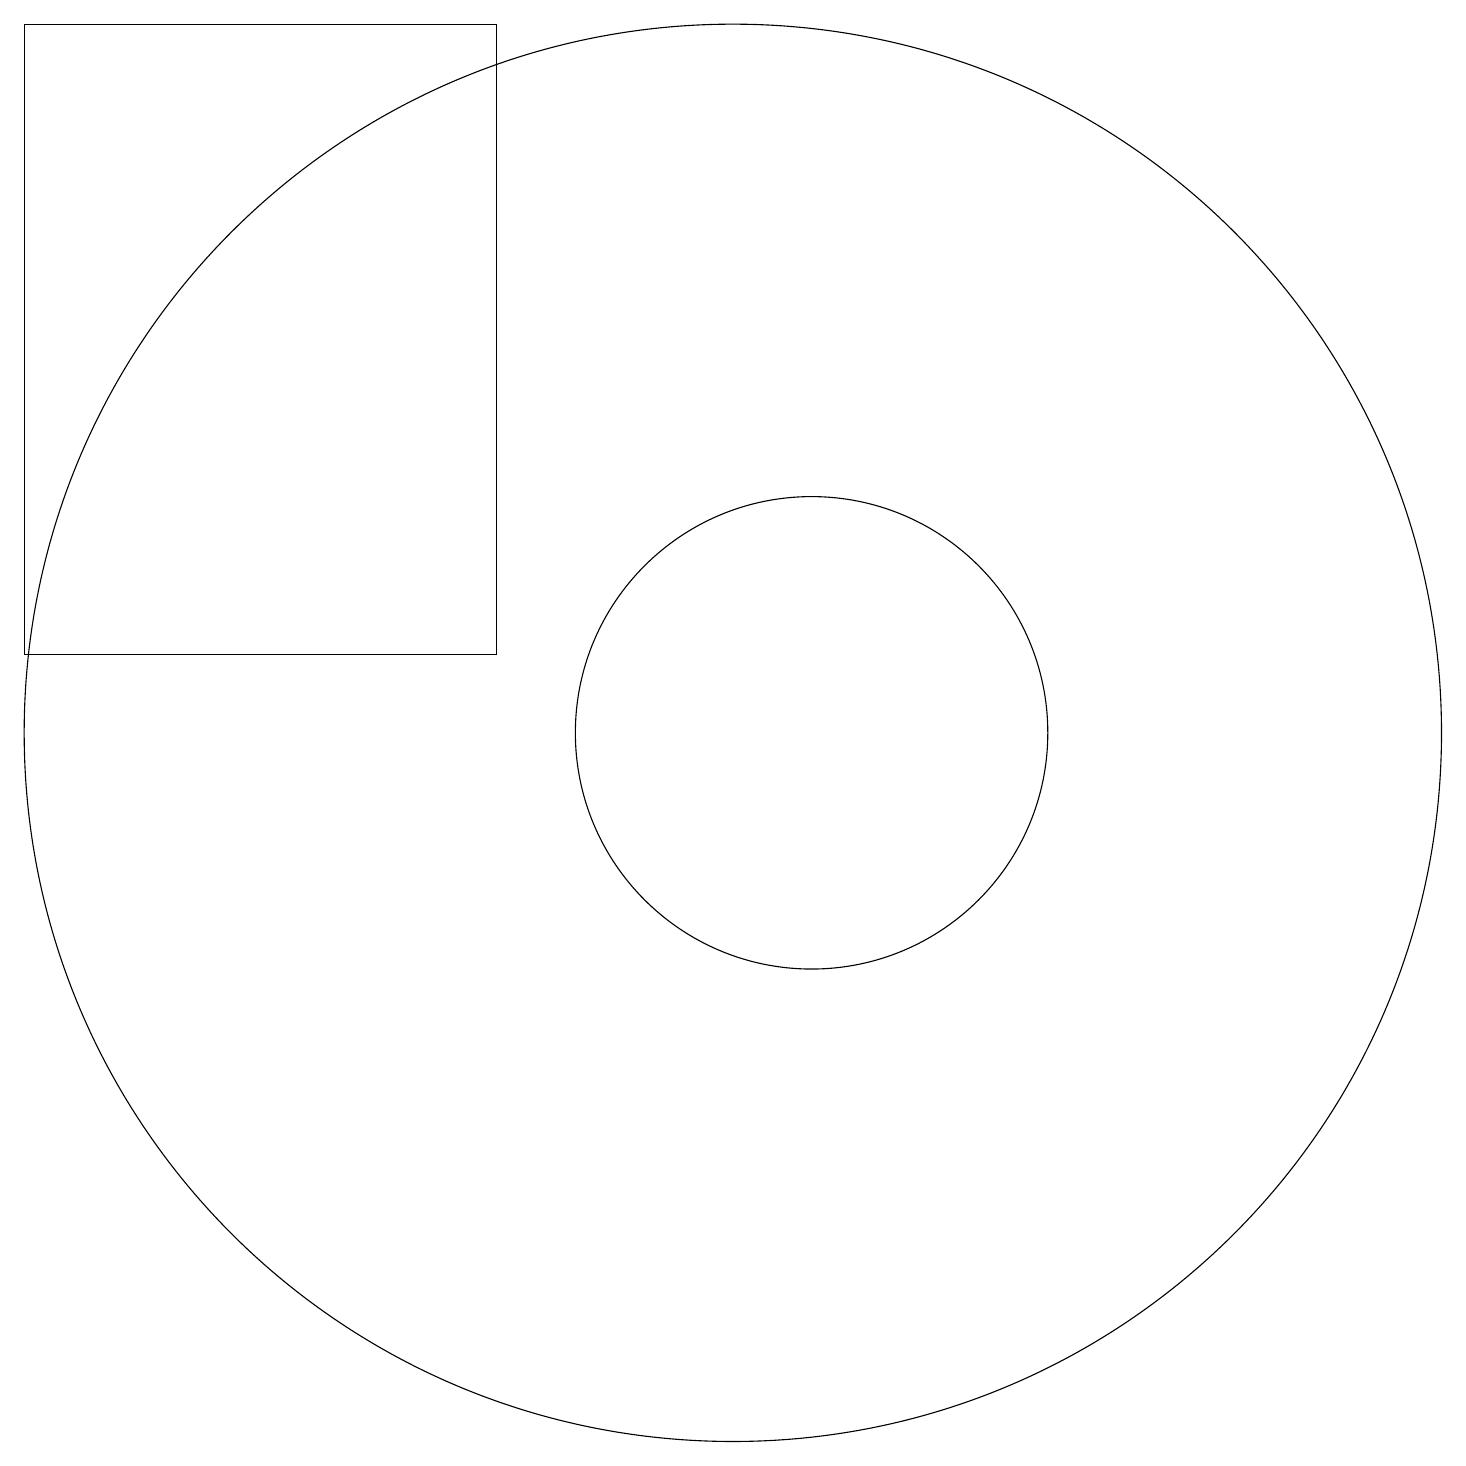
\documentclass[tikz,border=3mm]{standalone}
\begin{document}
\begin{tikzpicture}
\draw (12,10) circle (3);
\draw (11,10) circle (9);
\draw (2,11) rectangle (8,19);
\draw (11,10) circle (0);
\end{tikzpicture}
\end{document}